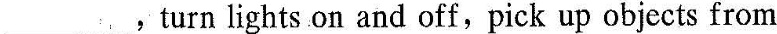
___，turn lights .on and off,pick up objects from